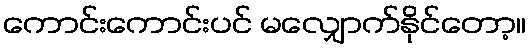
ကောင်းကောင်းပင် မလျှောက်နိုင်တော့။